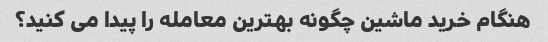
هنگام خرید ماشین چگونه بهترین معامله را پیدا می کنید؟